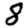
Digit: 8